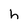
Character: h